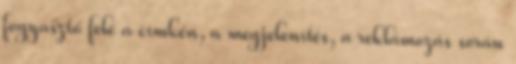
fogyasztó felé a címkén, a megjelenítés, a reklámozás során